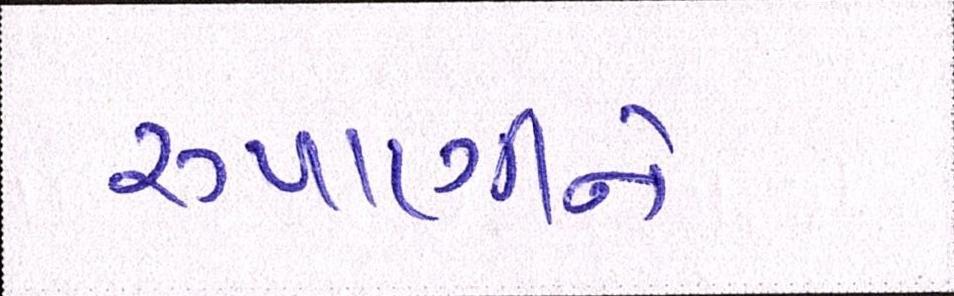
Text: રૂપાણીને